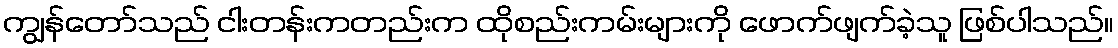
ကျွန်တော်သည် ငါးတန်းကတည်းက ထိုစည်းကမ်းများကို ဖောက်ဖျက်ခဲ့သူ ဖြစ်ပါသည်။